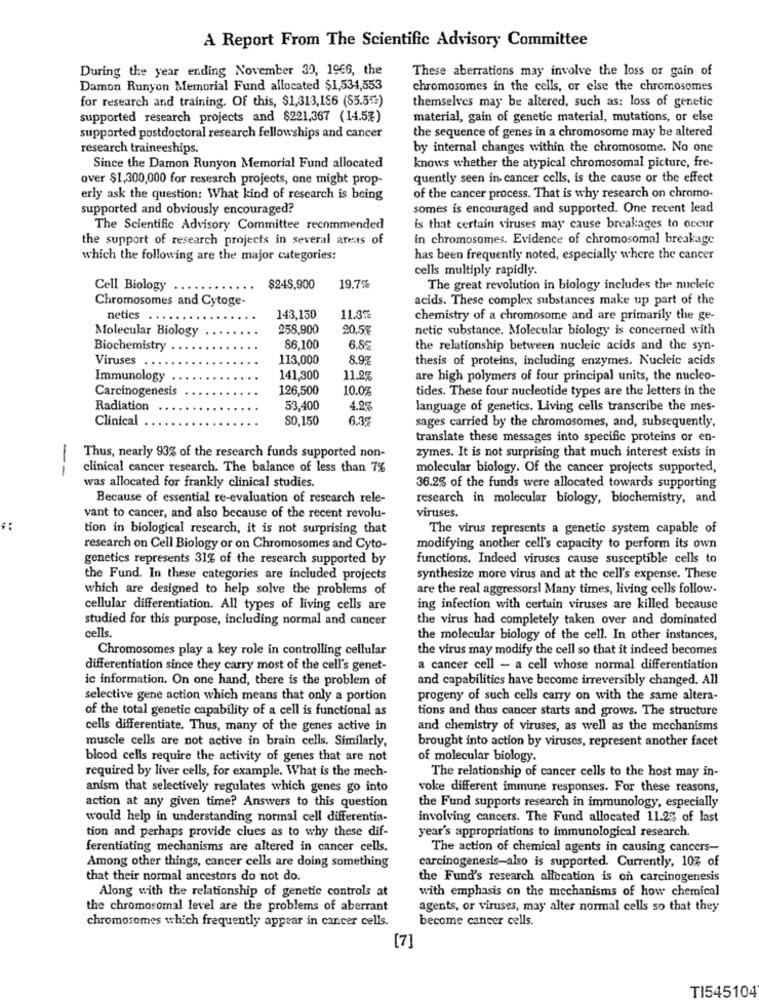
A Report From The Scientific Advisory Committee
During the year ending November 30, 1966, the
These aberrations may involve the loss or gain of
Damon Runyon Memorial Fund allocated $1,534,553
chromosomes in the cells, or else the chromosomes
for research and training. Of this, $1,313,156 (85.5)
themselves may be altered, such as: loss of genetic
supported research projects and $221,367 (14.5%)
material, gain of genetic material, mutations, or else
supported postdoctoral research fellowships and cancer
the sequence of genes in a chromosome may be altered
research traineeships.
by internal changes within the chromosome. No one
Since the Damon Runyon Memorial Fund allocated
knows whether the atypical chromosomal picture, fre-
over $1,300,000 for research projects, one might prop-
quently seen in cancer cells, is the cause or the effect
erly ask the question: What kind of research is being
of the cancer process. That is why research on chromo-
supported and obviously encouraged?
somes is encouraged and supported. One recent lead
The Scientific Advisory Committee recommended
is that certain viruses may cause breakages to occur
the support of research projects in several areas of
in chromosomes. Evidence of chromosomal breakage
which the following are the major categories:
has been frequently noted, especially where the cancer
cells multiply rapidly.
Cell Biology
$248,900
19.7%
The great revolution in biology includes the nucleic
Chromosomes and Cytoge-
acids. These complex substances make up part of the
netics
143,150
11.3%
chemistry of a chromosome and are primarily the ge-
Molecular Biology
258,900
20.5%
netic substance. Molecular biology is concerned with
Biochemistry
86,100
6.8
the relationship between nucleic acids and the syn-
Viruses . .
113,000
8.9%
thesis of proteins, including enzymes. Nucleic acids
Immunology
141,300
11.2%
are high polymers of four principal units, the nucleo-
Carcinogenesis
126,500
10.05
tides. These four nucleotide types are the letters in the
Radiation
53,400
4.2%
language of genetics. Living cells transcribe the mes-
Clinical
80,150
6.3
sages carried by the chromosomes, and, subsequently.
translate these messages into specific proteins or en-
zymes. It is not surprising that much interest exists in
Thus, nearly 93% of the research funds supported non-
clinical cancer research. The balance of less than 7%
molecular biology. Of the cancer projects supported,
--
was allocated for frankly clinical studies.
36.2% of the funds were allocated towards supporting
Because of essential re-evaluation of research rele-
research in molecular biology, biochemistry, and
viruses.
vant to cancer, and also because of the recent revolu-
tion in biological research, it is not surprising that
The virus represents a genetic system capable of
research on Cell Biology or on Chromosomes and Cyto-
modifying another cell's capacity to perform its own
genetics represents 31% of the research supported by
functions. Indeed viruses cause susceptible cells to
the Fund. In these categories are included projects
synthesize more virus and at the cell's expense. These
which are designed to help solve the problems of
are the real aggressors! Many times, living cells follow-
cellular differentiation. All types of living cells are
ing infection with certain viruses are killed because
studied for this purpose, including normal and cancer
the virus had completely taken over and dominated
cells.
the molecular biology of the cell. In other instances,
Chromosomes play a key role in controlling cellular
the virus may modify the cell so that it indeed becomes
differentiation since they carry most of the cell's genet-
a cancer cell - a cell whose normal differentiation
ic information. On one hand, there is the problem of
and capabilities have become irreversibly changed. All
selective gene action which means that only a portion
progeny of such cells carry on with the same altera-
of the total genetic capability of a cell is functional as
tions and thus cancer starts and grows. The structure
cells differentiate. Thus, many of the genes active in
and chemistry of viruses, as well as the mechanisms
muscle cells are not active in brain cells. Similarly,
brought into action by viruses, represent another facet
blood cells require the activity of genes that are not
of molecular biology.
required by liver cells, for example. What is the mech-
The relationship of cancer cells to the host may in-
anism that selectively regulates which genes go into
voke different immune responses. For these reasons,
action at any given time? Answers to this question
the Fund supports research in immunology, especially
would help in understanding normal cell differentia-
involving cancers. The Fund allocated 11.25 of last
tion and perhaps provide clues as to why these dif-
year's appropriations to immunological research.
ferentiating mechanisms are altered in cancer cells.
The action of chemical agents in causing cancers-
carcinogenesis-also is supported. Currently, 10% of
Among other things, cancer cells are doing something
that their normal ancestors do not do.
the Fund's research allocation is on carcinogenesis
Along with the relationship of genetic controls at
with emphasis on the mechanisms of how chemical
the chromosomal level are the problems of aberrant
agents, or viruses, may alter normal cells so that they
chromosomes which frequently appear in cancer cells.
become cancer cells.
[7]
TI545104